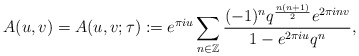
\begin{align*}A(u,v)=A(u,v;\tau):=e^{\pi i u}\sum_{n\in \mathbb{Z}} \frac{(-1)^nq^{\frac{n(n+1)}{2}}e^{2\pi i n v}}{1-e^{2\pi i u}q^n},\end{align*}